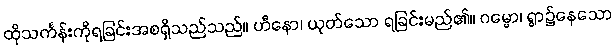
ထိုသင်္ကန်းကိုရခြင်းအစရှိသည်သည်။ ဟီနော၊ ယုတ်သော ရခြင်းမည်၏။ ဂမ္မော၊ ရွာ၌နေသော